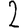
Digit: 2